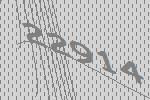
22914